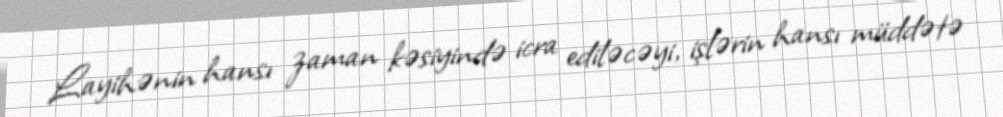
Layihənin hansı zaman kəsiyində icra ediləcəyi, işlərin hansı müddətə